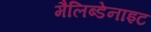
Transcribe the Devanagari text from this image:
मैलिब्डेनाइट